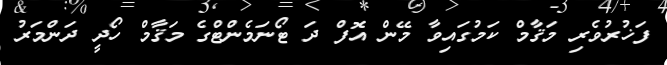
ފަޚުރުވެރި މަޤާމް ކަމުގައިވާ މޭން އޮފް ދަ ޓޯނަމެންޓްގެ މަޤާމް ހޯދީ ދަންމަރު